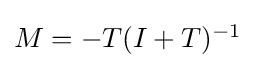
{\textstyle M=-T(I+T)^{-1}}